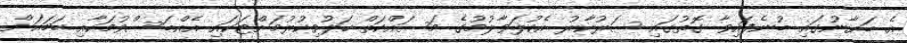
އެ ބަޔާނުގައި ބުނެފައިވާ ގޮތުގައި ސަރުކާރު އެކުލަވާލުމުގެ މަސައްކަތް ހަލުވިކުރުމަށްޓަކައި އެއްބަސްވުމަކާއި ހަމައަށް